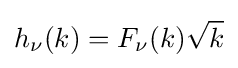
h_{\nu }(k)=F_{\nu }(k){\sqrt {k}}